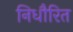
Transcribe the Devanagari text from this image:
निधौरित